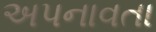
અપનાવતા